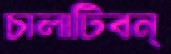
চালাটিবন্